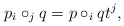
\begin{align*} p{}_i\circ_j q = p \circ_i q t^j,\end{align*}